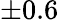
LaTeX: \pm 0.6